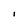
Character: I